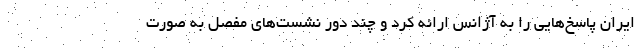
ایران پاسخ‌هایی را به آژانس ارائه کرد و چند دور نشست‌های مفصل به صورت